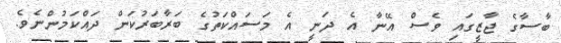
ބާސާގެ ޖާޒީގައި ވެސް އޭނާ އެ ދަނީ އެ މަސައްކަތުގެ ބަރާބަރުކަން ދައްކަމުންނެވެ.